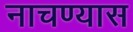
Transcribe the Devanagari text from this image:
नाचण्यास